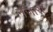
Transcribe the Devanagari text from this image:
नजारो